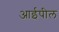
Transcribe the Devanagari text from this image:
आईपील